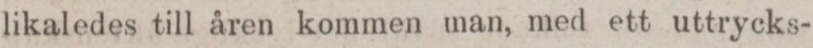
likaledes till åren kommen man, med ett uttrycks-